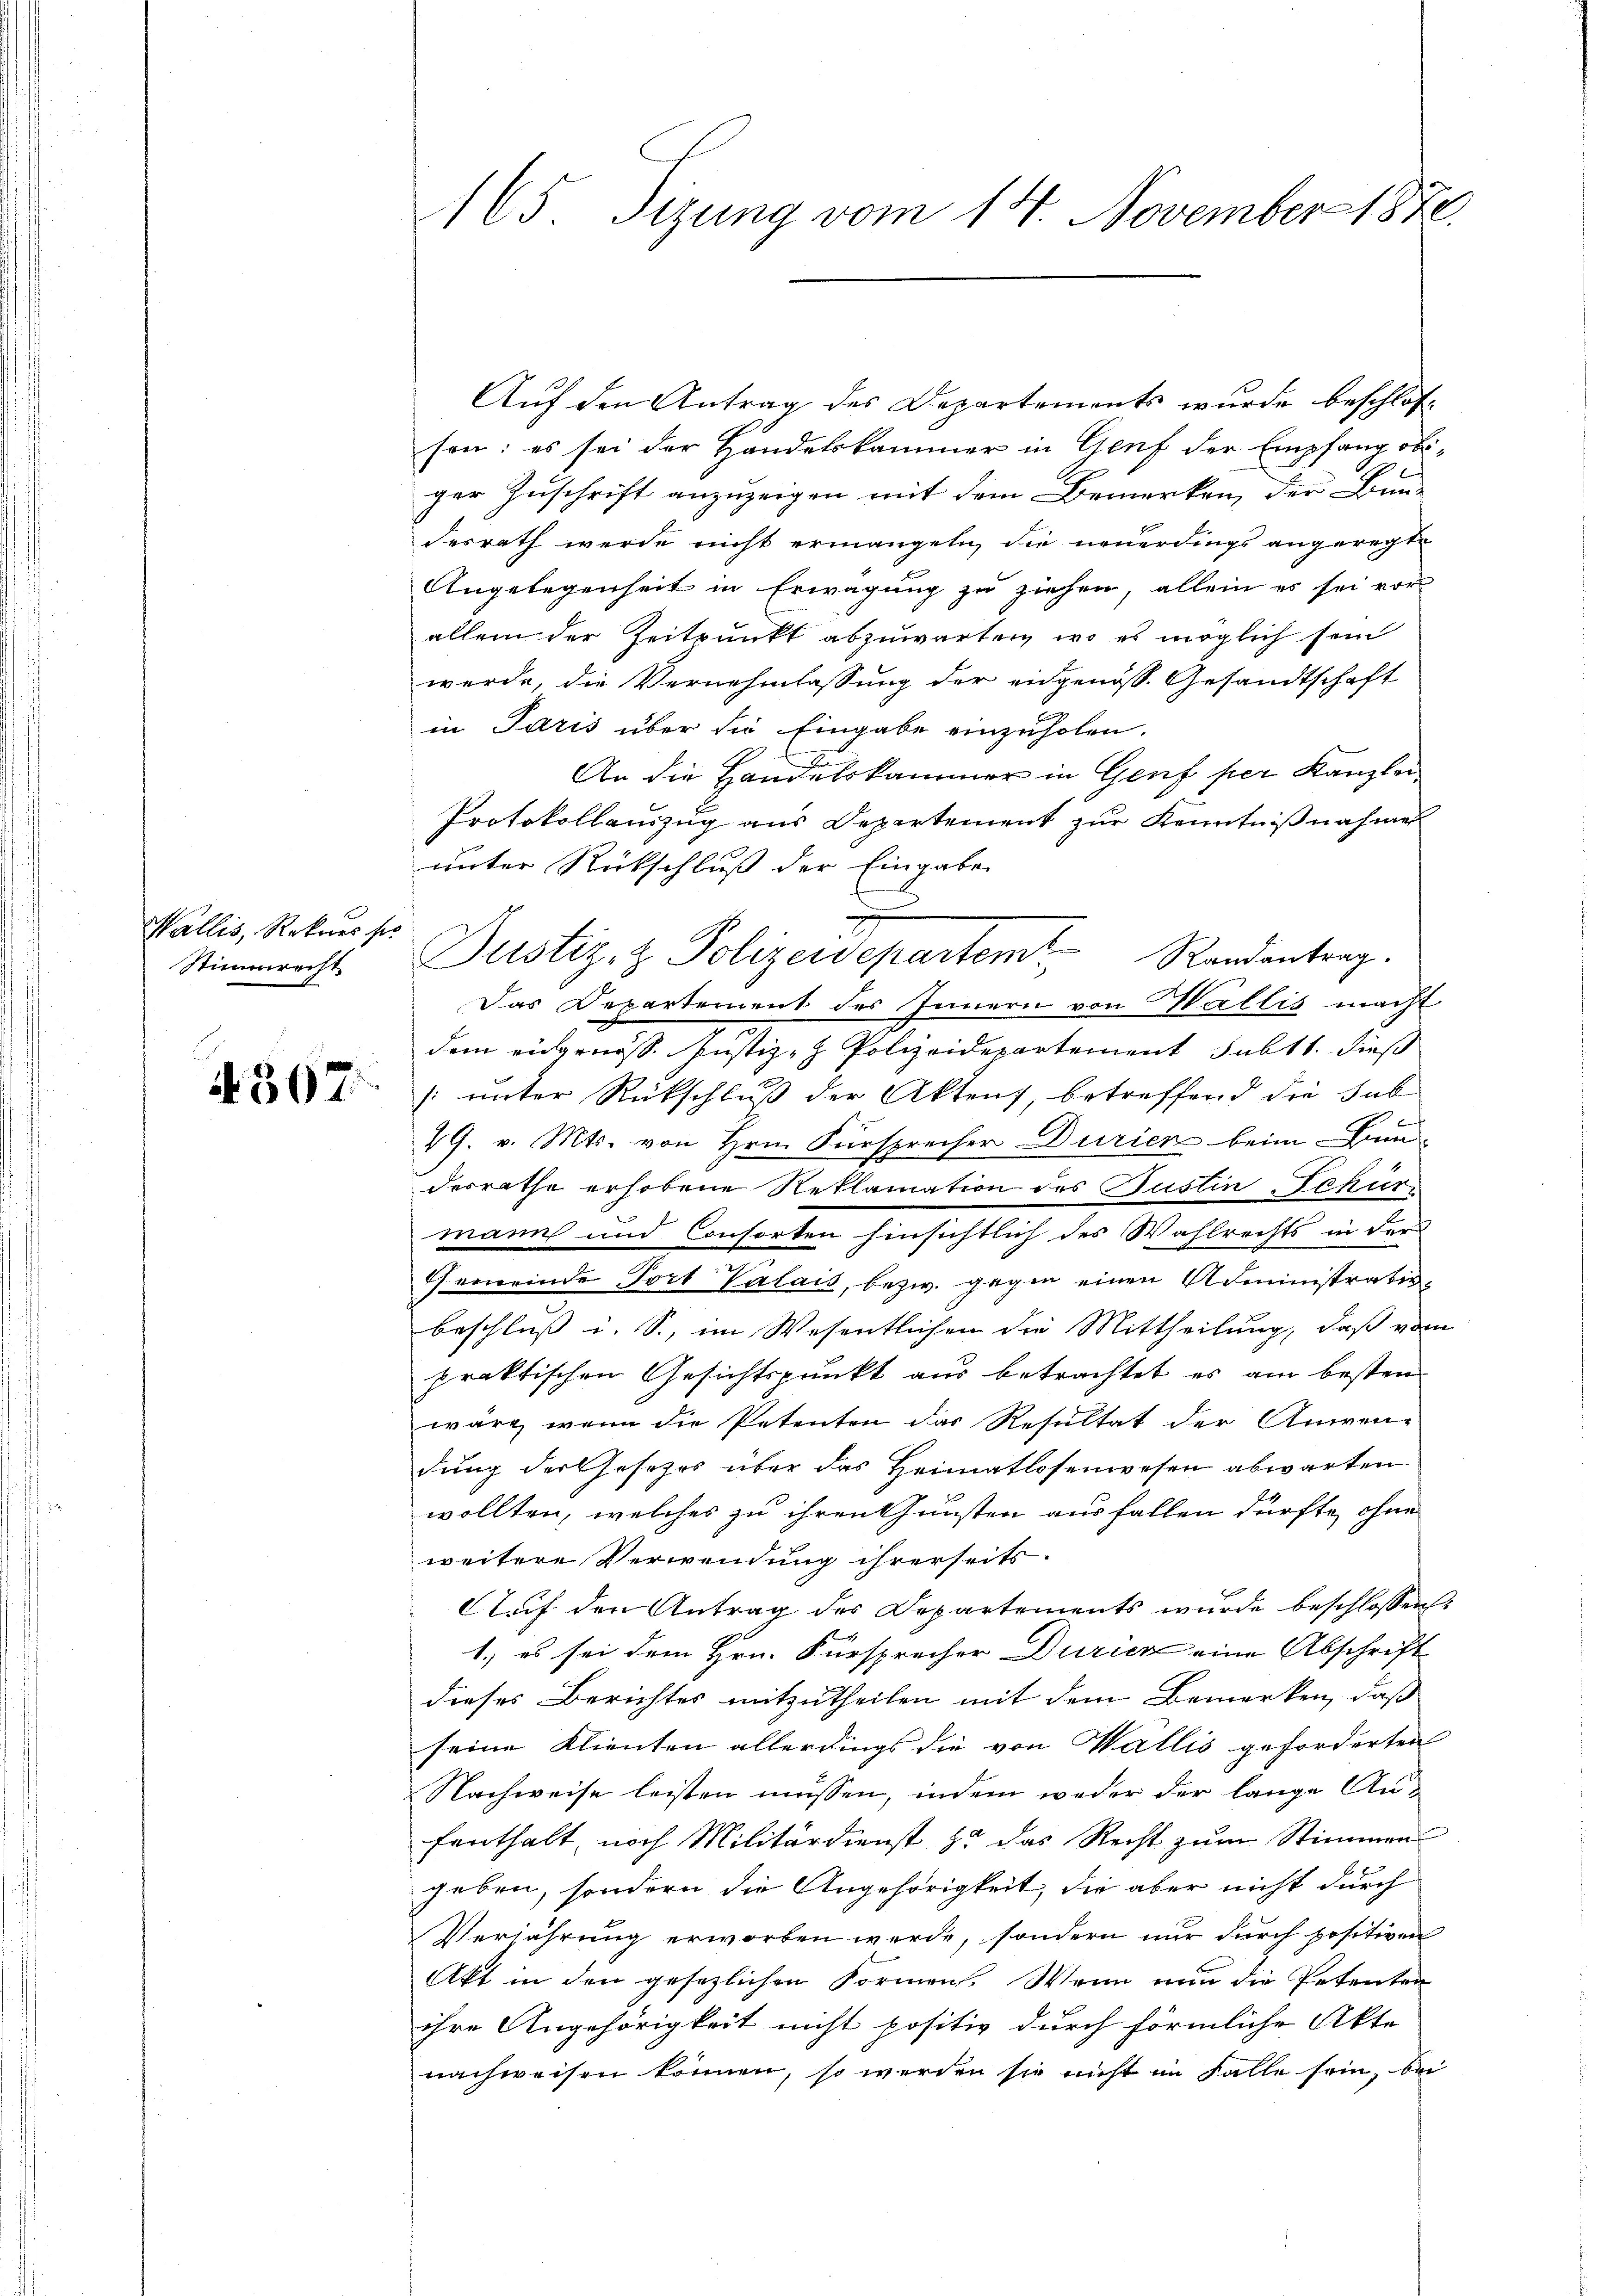
Wallis, Rekries si
Stimmrecht

4307.

Auf den Antrag des Departements wurde beschlos¬
1
son: es sei der Handelskammer in Genf der Empfang obiger Zuschrift anzuzeigen mit dem Bemerken, der Bun-
desrath werde nicht ermanget, die neuerdings angeregte
Angelegenheit in Erwägung zu ziehen, allein es sei vor
allein der Zeitpunkt abzuwarten, wo es möglich sein
werde, die Vernehmlassung der eidgenöss. Gesandtschaft
in Paris über die Eingabe einzuholen.
An die Handelskammer in Genf per Kanzlei
Protokollanzug aus Departement zur Kenntnißnahmen
unter Rückschluß der Eingaben
x
Justiz- & Polizeidepartem Randantrag.
Das Departement des Innern von Wallis macht
dem eidgenöß. Justiz- & Polizeidepartement subt 1. dieß
[unter Rückschluß der Aktens betreffend die sub
x
19. v. Mts. von Hrn. Fürsprecher Durien beim Bundesrathe erhobene Reklamation des Gustin Schure
mann und Consorten hinsichtlich des Wahlrechts in der
e
Gemeinde Tort Valais, bezw. gegen einen Administrativbeschluß i. S., im Wesentlichen die Mittheilung, daß vom
praktischen Gesichtspunkt aus betrachtet es am bestern
wäre, wenn die Petenten das Resultat der Anwendung der Gesetzes über das Heimatlosenwesen abwarten.
wollten, welches zu ihren Gunsten ausfallen dürfte, ohne
weitere Verwendung ihrerseits.
Auf den Antrag des Departements wurde beschlossen
1.) es sei dem Hrn. Fürsprecher Durick eine Abschrift
dieses Berichtes mitzutheilen mit dem Bemerken, daß
seine Klienten allerdings die von Wallis geforderten
Nachweise leisten müssen, indem weder der lange Anfenthalt, noch Militärdienst zu das Recht zum Stimmen
geben, sondern die Angehörigkeit, die aber nicht durch
Verjährung erworben werde, sondern nur durch positiven
Akt in den gesezlichen Formen. Wenn nun die Petenten
ihre Angehörigkeit nicht positiv durch förmliche Akte
nachweisen können, so werden sie nicht im Falle sein, bei

165. Sizung vom 14. November 1870.